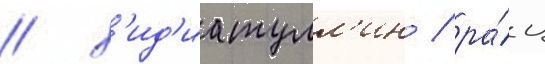
/ х'ид'иатулл'ин / ра́ц